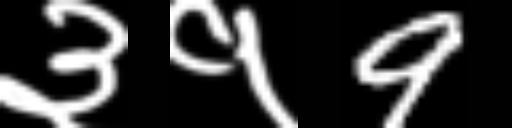
Text: ३१9